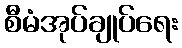
စီမံအုပ်ချုပ်ရေး